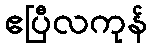
ဧပြီလကုန်